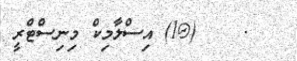
.    (@1) އިސްލާމިކް މިނިސްޓްރީ